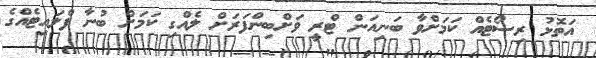
އަތޮޅު ރިސޯޓެއް ކަމަށްވާ ބަނިއަން ޓްރީ ވަށްބިންފަރަށް ލެއްގި ކަމަށް ބުނާ ފްލައިޓެއްގެ